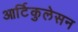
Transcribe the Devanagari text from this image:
आर्टिकुलेसन